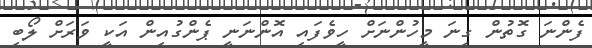
ފެންނަ ގޮތުން ގިނަ މީހުންނަށް ހީވެފައި އޮންނަނީ ޕެންގުއިން އަކީ ވަރަށް ލޯބި